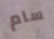
سام